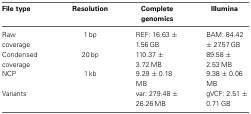
<table><thead><tr><td><b>File type</b></td><td><b>Resolution</b></td><td><b>Complete genomics</b></td><td><b>Illumina</b></td></tr></thead><tbody><tr><td>Raw coverage</td><td>1 bp</td><td>REF: 16.63 ± 1.56 GB</td><td>BAM: 84.42 ± 27.57 GB</td></tr><tr><td>Condensed coverage</td><td>20 bp</td><td>110.37 ± 3.72 MB</td><td>89.58 ± 2.53 MB</td></tr><tr><td>NCP</td><td>1 kb</td><td>9.29 ± 0.18 MB</td><td>9.38 ± 0.06 MB</td></tr><tr><td>Variants</td><td></td><td>var: 279.48 ± 26.26 MB</td><td>gVCF: 2.51 ± 0.71 GB</td></tr></tbody></table>